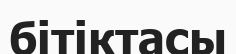
бітіктасы